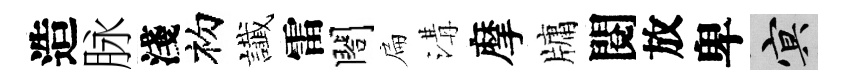
造脉淺初䜟雷閤扁溝摩牗閱放卑冥